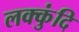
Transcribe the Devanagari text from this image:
लक्कुंदि